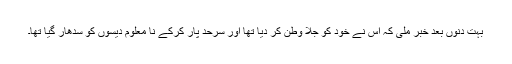
بہت دنوں بعد خبر ملی کہ اس نے خود کو جلا وطن کر دیا تھا اور سرحد پار کرکے نا معلوم دیسوں کو سدھار گیا تھا۔